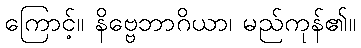
ကြောင့်။ နိဗ္ဗေဘာဂိယာ၊ မည်ကုန်၏။